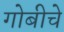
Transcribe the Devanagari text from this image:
गोबीचे